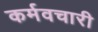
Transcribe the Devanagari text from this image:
कर्मवचारी